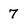
Character: 7